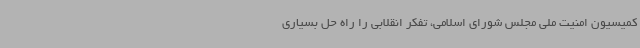
کمیسیون امنیت ملی مجلس شورای اسلامی، تفکر انقلابی را راه حل بسیاری